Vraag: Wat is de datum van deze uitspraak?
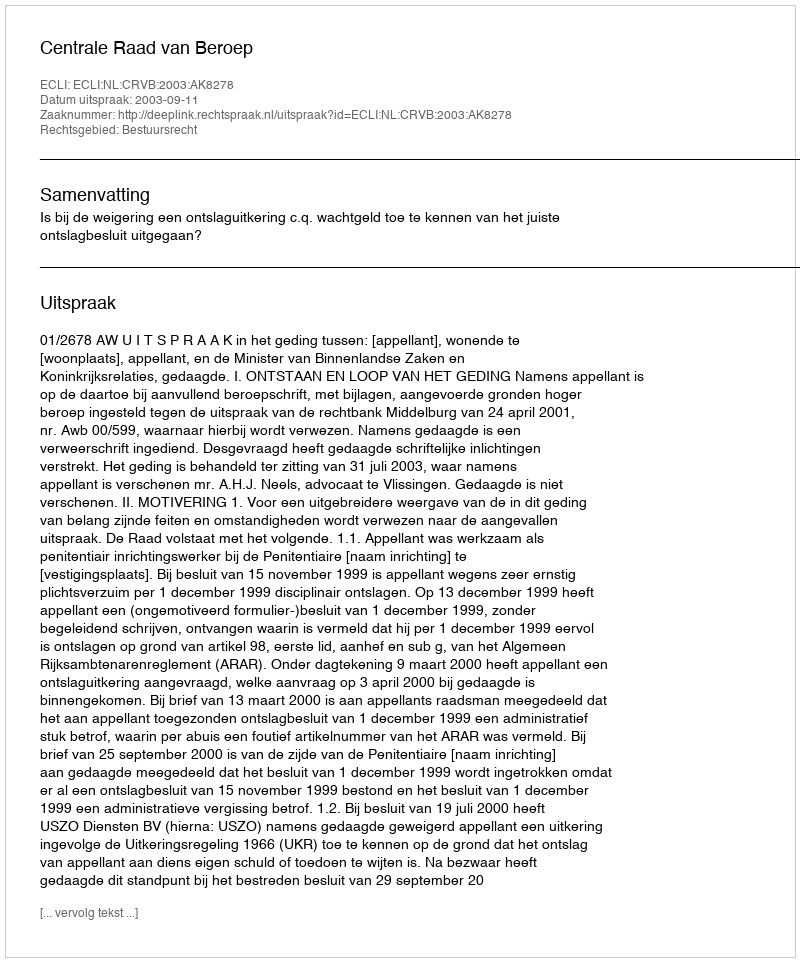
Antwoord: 2003-09-11